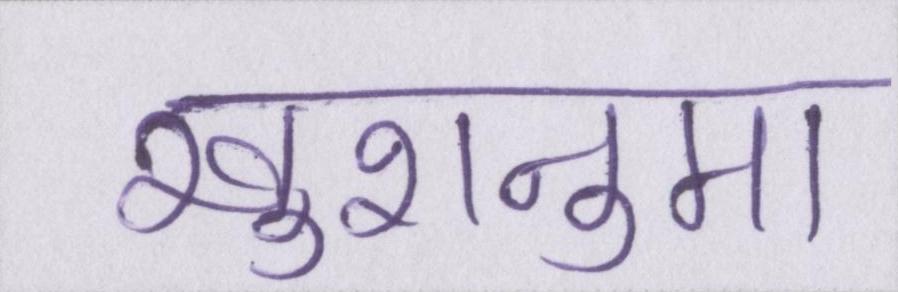
खुशनुमा